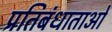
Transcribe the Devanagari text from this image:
प्रतिबंधाताओ